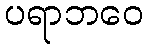
ပရာဘဝေ